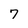
Character: 7